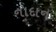
નાદાન